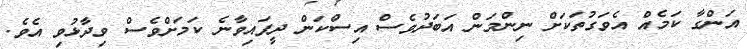
އަންގާ ކަމެއް އެވަގުތަކަށް ނިންމަން އަބަދުވެސް އިސްކަން ދީފައިވާނެ ކަމަށްވެސް ވިދާޅުވި އެވެ.